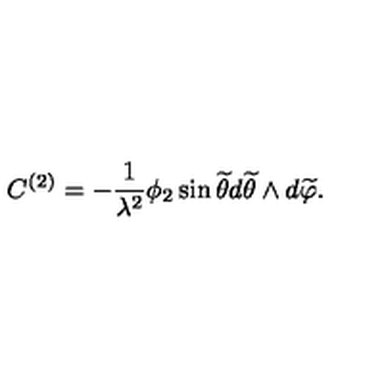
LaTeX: C ^ { ( 2 ) } = - \frac { 1 } { \lambda ^ { 2 } } \phi _ { 2 } \sin { \widetilde \theta } d { \widetilde \theta } \wedge d { \widetilde \varphi } .